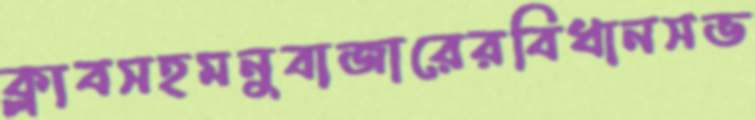
ক্লাবসহমনুবাজারেরবিধানসভ